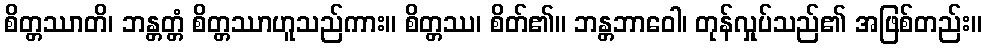
စိတ္တဿာတိ၊ ဘန္တတ္တံ စိတ္တဿာဟူသည်ကား။ စိတ္တဿ၊ စိတ်၏။ ဘန္တဘာဝေါ၊ တုန်လှုပ်သည်၏ အဖြစ်တည်း။